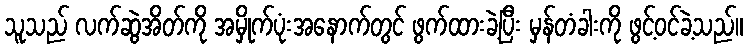
သူသည် လက်ဆွဲအိတ်ကို အမှိုက်ပုံးအနောက်တွင် ဖွက်ထားခဲ့ပြီး မှန်တံခါးကို ဖွင့်ဝင်ခဲ့သည်။